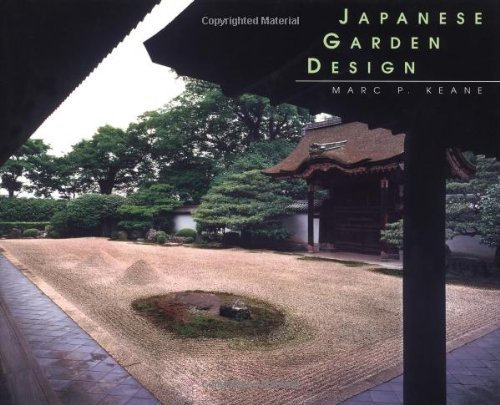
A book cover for Japanese Garden Design; Marc P. Keane; Crafts, Hobbies & Home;